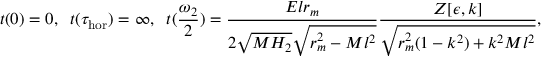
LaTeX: t ( 0 ) = 0 , \; \; t ( \tau _ { \mathrm { h o r } } ) = \infty , \; \; t ( \frac { \omega _ { 2 } } { 2 } ) = \frac { E l r _ { m } } { 2 \sqrt { M H _ { 2 } } \sqrt { r _ { m } ^ { 2 } - M l ^ { 2 } } } \frac { Z [ \epsilon , k ] } { \sqrt { r _ { m } ^ { 2 } ( 1 - k ^ { 2 } ) + k ^ { 2 } M l ^ { 2 } } } ,